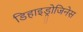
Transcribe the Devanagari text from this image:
डिहाइड्रोजिनेस